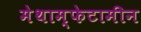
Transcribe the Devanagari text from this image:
मेथाम्फेटामीन